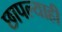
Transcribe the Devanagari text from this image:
छापल्याही